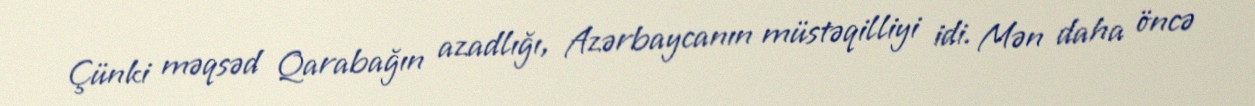
Çünki məqsəd Qarabağın azadlığı, Azərbaycanın müstəqilliyi idi. Mən daha öncə